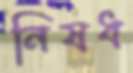
নিষধ